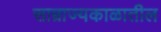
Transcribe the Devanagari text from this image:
साम्राज्यकाळातील